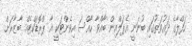
ހަފްލާގެ ދައުވަތުގައި ބުނަނީ އެޕަލްއިން ބާއްވާ ހާއްސަ އިވެންޓަކީ އާ ޕްރޮޑަކްޓެއް ބާޒާރަށް